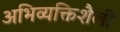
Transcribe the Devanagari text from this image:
अभिव्यक्तिशैली